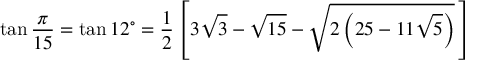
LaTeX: \tan { \frac { \pi } { 1 5 } } = \tan 1 2 ^ { \circ } = { \frac { 1 } { 2 } } \left[ 3 { \sqrt { 3 } } - { \sqrt { 1 5 } } - { \sqrt { 2 \left( 2 5 - 1 1 { \sqrt { 5 } } \right) } } \, \right]